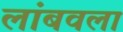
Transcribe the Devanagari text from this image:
लांबवला